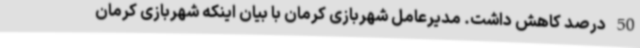
50 درصد کاهش داشت. مدیرعامل شهربازی کرمان با بیان اینکه شهربازی کرمان